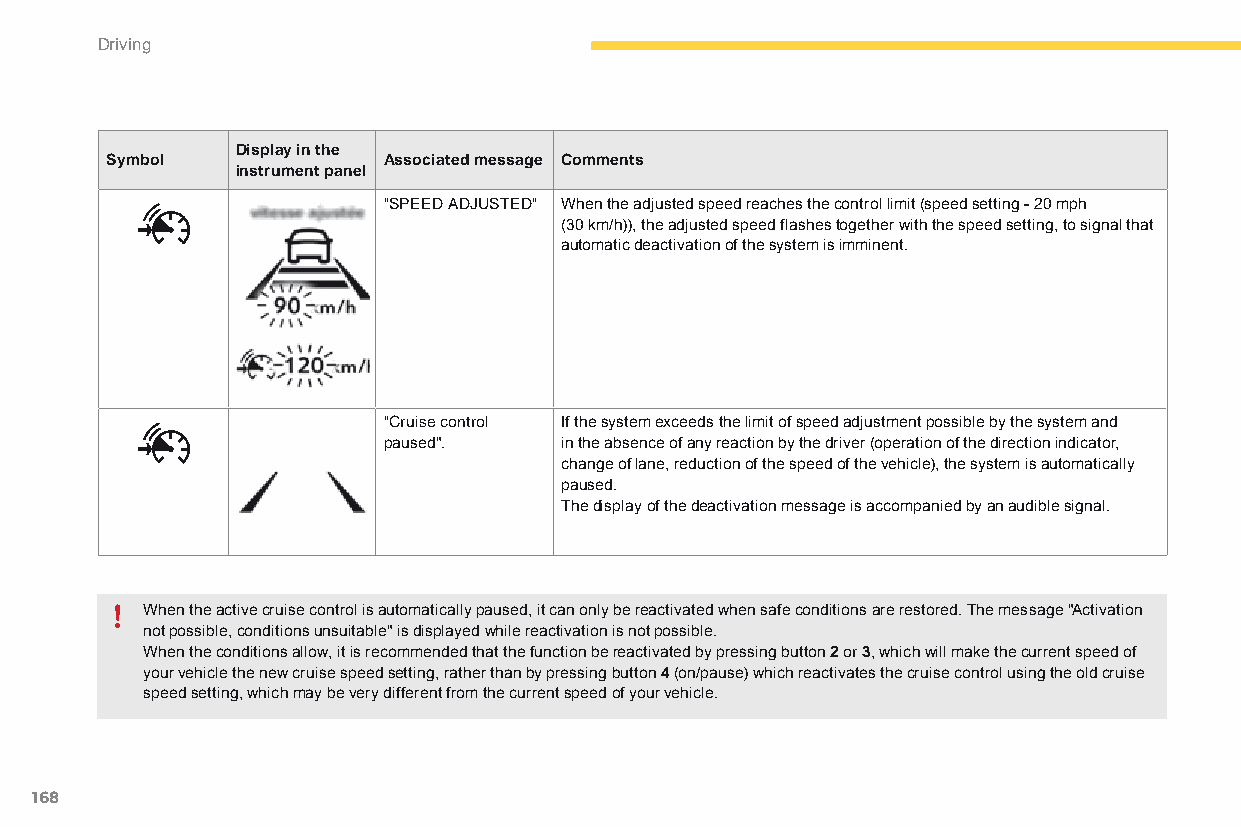
Driving
 Display in the
 Symbol            Associated message Comments
 instrument panel
 "SPEEd adJUSTEd" When the adjusted speed reaches the control limit (speed setting - 20 mph
 (30 km/h)), the adjusted speed flashes together with the speed setting, to signal that
 automatic deactivation of the system is imminent.
 "Cruise control If the system exceeds the limit of speed adjustment possible by the system and
 paused".    in the absence of any reaction by the driver (operation of the direction indicator,
 change of lane, reduction of the speed of the vehicle), the system is automatically
 paused.
 The display of the deactivation message is accompanied by an audible signal.
 When the active cruise control is automatically paused, it can only be reactivated when safe conditions are restored. The message "Activation
 not possible, conditions unsuitable" is displayed while reactivation is not possible.
 When the conditions allow, it is recommended that the function be reactivated by pressing button 2 or 3, which will make the current speed of
 your vehicle the new cruise speed setting, rather than by pressing button 4 (on/pause) which reactivates the cruise control using the old cruise
 speed setting, which may be very different from the current speed of your vehicle.
 168
 C4-Picasso-II_en_Chap04_conduite_ed01-2015